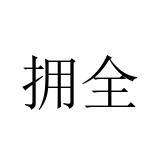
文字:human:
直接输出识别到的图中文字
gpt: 拥全